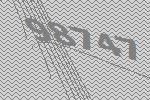
98747